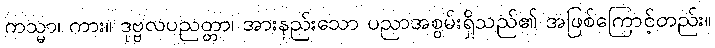
ကသ္မာ၊ ကား။ ဒုဗ္ဗလပညတ္တာ၊ အားနည်းသော ပညာအစွမ်းရှိသည်၏ အဖြစ်ကြောင့်တည်း။